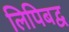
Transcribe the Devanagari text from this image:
लिपिबद्व